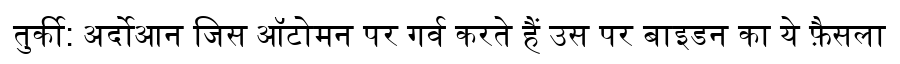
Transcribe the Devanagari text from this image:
तुर्की: अर्दोआन जिस ऑटोमन पर गर्व करते हैं उस पर बाइडन का ये फ़ैसला